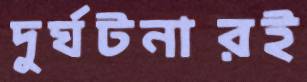
দুর্ঘটনারই